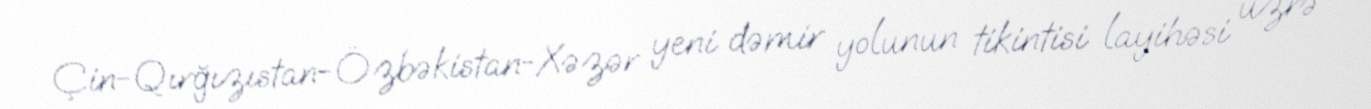
Çin-Qırğızıstan-Özbəkistan-Xəzər yeni dəmir yolunun tikintisi layihəsi üzrə